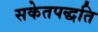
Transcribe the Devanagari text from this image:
सकेतपद्धति